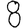
Digit: 8